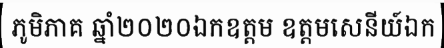
ភូមិភាគ ឆ្នាំ២០២០ឯកឧត្តម ឧត្តមសេនីយ៍ឯក